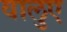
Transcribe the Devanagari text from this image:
वालुए